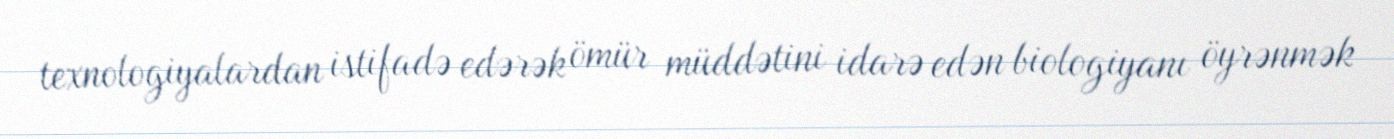
texnologiyalardan istifadə edərək ömür müddətini idarə edən biologiyanı öyrənmək